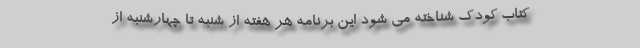
کتاب کودک شناخته می شود این برنامه هر هفته از شنبه تا چهارشنبه از